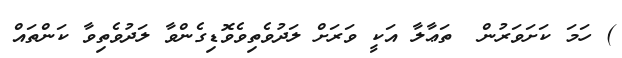
) ހަމަ ކަށަވަރުން  ތަޢާލާ އަކީ ވަރަށް ލަދުވެތިވެވޮޑިގެންވާ ލަދުވެތިވާ ކަންތައް